Annual report on the mental hospital in the Central Provinces and Berar (Nagpur) - 1927-1951
Year: 1927
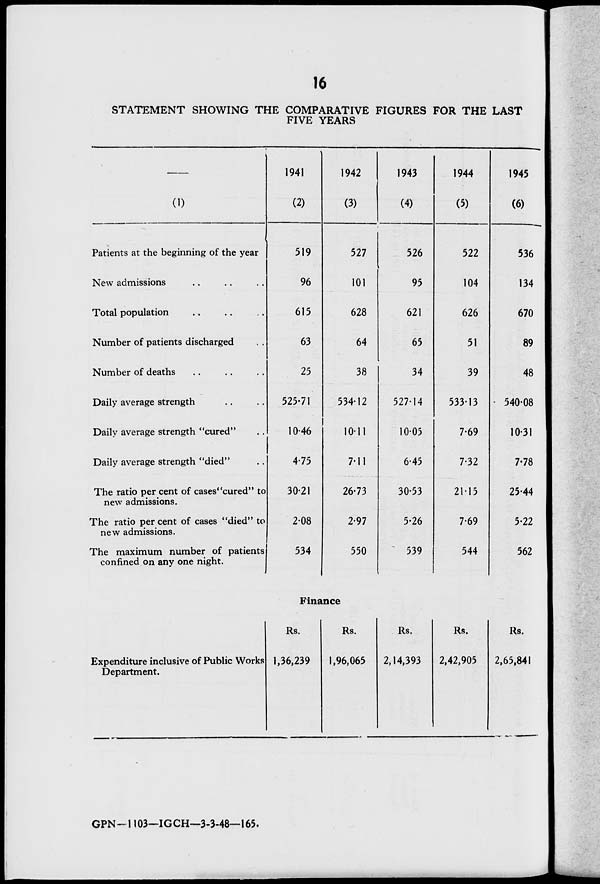
16
STATEMENT SHOWING THE COMPARATIVE FIGURES FOR THE LAST
FIVE YEARS
1941
1942
1943
1944
1945
(1)
(2)
(3)
(4)
(5)
(6)
Patients at the beginning of the year
519
527
526
522
536
New admissions
96
101
95
104
134
Total population
615
628
621
626
670
Number of patients discharged
63
64
65
51
89
Number of deaths
25
38
34
39
48
Daily average strength
525-71
534-12
527-14
533-13
- 540-08
Daily average strength "cured"
10-46
1
10-11
10-05
7-69
10-31
Daily average strength "died"
4-75
7-11
6-45
7-32
7-78
The ratio per cent of cases''cured" to
new admissions.
30-21
26-73
30-53
2115
25-44
The ratio per cent of cases "died" to
new admissions.
2-08
2-97
5-26
7-69
5-22
The maximum number of patients
confined on any one night.
534
550
539
544
562
Finance
Expenditure inclusive of Public Works
Department.
Rs.
1,36,239
Rs.
1,96,065
Rs.
2,14,393
Rs.
2,42,905
Rs.
2,65,841
GPN-1103—IGCH—3-3-48—165.